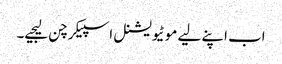
اب اپنے لیے موٹیویشنل اسپیکر چن لیجیے۔